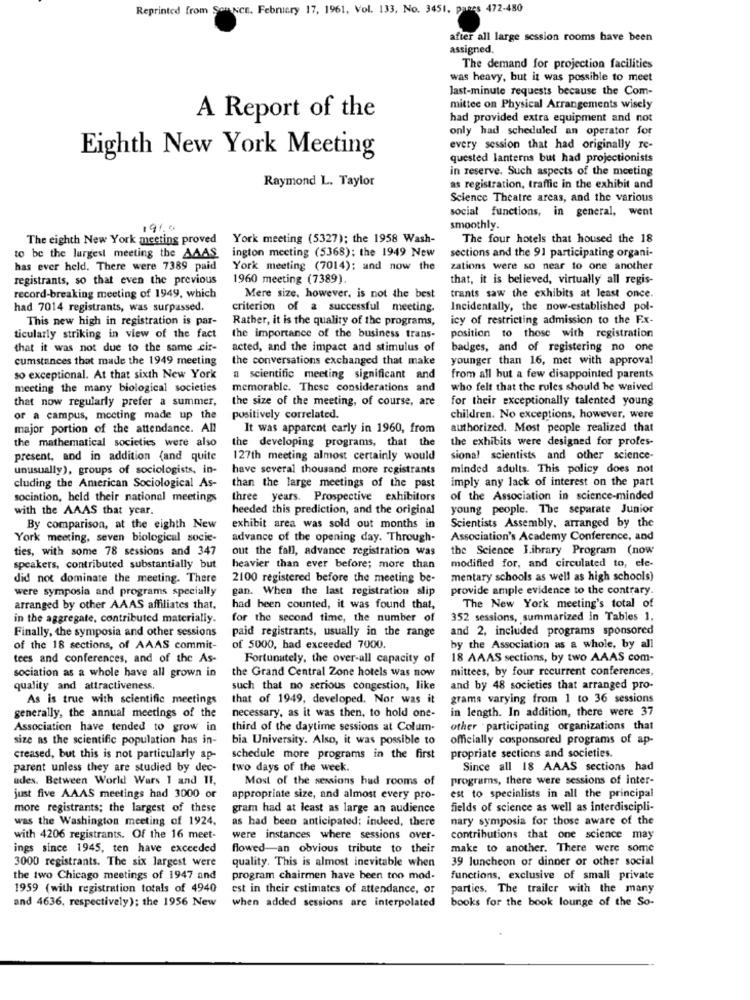
Reprinted from Son NCE, February 17, 1961. Vol. 133, No. 3451, panes 472-480
after all large session rooms have been
assigned.
The demand for projection facilities
was heavy, but it was possible to meet
last-minute requests because the Com-
mittee on Physical Arrangements wisely
A Report of the
had provided extra equipment and not
only had scheduled an operator for
every session that had originally re-
Eighth New York Meeting
quested lanterns but had projectionists
in reserve. Such aspects of the meeting
Raymond L. Taylor
as registration, traffic in the exhibit and
Science Theatre areas, and the various
social functions, in general, went
19%9
smoothly.
The eighth New York meeting proved
York meeting (5327); the 1958 Wash-
The four hotels that housed the 18
ington meeting (5368); the 1949 New
to be the largest meeting the AAAS.
sections and the 91 participating organi-
has ever held. There were 7389 paid
York meeting (7014); and now the
zations were so near to one another
registrants, so that even the previous
1960 meeting (7389).
that, it is believed, virtually all regis-
record-breaking meeting of 1949, which
Mere size, however, is not the best
trants saw the exhibits at least once.
had 7014 registrants, was surpassed.
criterion of a successful meeting.
Incidentally, the now-established pol-
This new high in registration is par-
Rather, it is the quality of the programs,
icy of restricting admission to the Fx-
ticularly striking in view of the fact
the importance of the business trans-
position to those with registration
that it was not due to the same cir-
acted, and the impact and stimulus of
badges, and of registering no one
cumstances that made the 1949 meeting
the conversations exchanged that make
younger than 16, met with approval
so exceptional. At that sixth New York
a scientific meeting significant and
from all but a few disappointed parents
meeting the many biological societies
memorable. These considerations and
who felt that the rules should he waived
that now regularly prefer a summer,
the size of the meeting, of course, are
for their exceptionally talented young
or a campus, meeting made up the
positively correlated.
children. No exceptions, however, were
major portion of the attendance. All
It was apparent carly in 1960, from
authorized. Most people realized that
the developing programs, that the
the exhibits were designed for profes-
the mathematical societies were also
present, and in addition (and quite
127th meeting almost certainly would
sional scientists and other science-
unusually), groups of sociologists, in-
have several thousand more registrants
minded adults. This policy does not
cluding the American Sociological As-
than the large meetings of the past
imply any lack of interest on the part
sociation, beld their national meetings
three years. Prospective exhibitors
of the Association in science-minded
with the AAAS that year.
heeded this prediction, and the original
young people. The separate Junior
By comparison, at the eighth New
exhibit area was sold out months in
Scientists Assembly, arranged by the
York meeting, seven biological socie-
advance of the opening day. Through-
Association's Academy Conference, and
ties, with some 78 sessions and 347
out the fall, advance registration was
the Science Library Program (now
speakers, contributed substantially but
heavier than ever before; more than
modified for, and circulated to, ele-
did not dominate the meeting. There
2100 registered before the meeting be-
mentary schools as well as high schools)
were symposia and programs specially
gan. When the last registration slip
provide ample evidence to the contrary.
arranged by other AAAS affiliates that,
had been counted, it was found that,
The New York meeting's total of
in the aggregate, contributed materially.
for the second time, the number of
352 sessions, summarized in Tables 1,
Finally, the symposia and other sessions
paid registrants, usually in the range
and 2, included programs sponsored
of the 18 sections, of AAAS commit-
of 5000, bad exceeded 7000.
by the Association as a whole, by all
tees and conferences, and of the As-
Fortunately, the over-all capacity of
18 AAAS sections, by two AAAS com-
sociation as a whole have all grown in
the Grand Central Zone hotels was now
mittees, by four recurrent conferences,
quality and attractiveness.
such that no serious congestion, like
and by 48 societies that arranged pro-
As is true with scientific meetings
that of 1949, developed. Nor was it
grams varying from 1 to 36 sessions
necessary, as it was then, to hold one-
in length. In addition, there were 37
generally, the annual meetings of the
Association have tended to grow in
third of the daytime sessions at Colum-
other participating organizations that
size as the scientific population has in-
bia University. Also, it was possible to
officially cosponsored programs of ap-
creased, but this is not particularly ap-
schedule more programs in the first
propriate sections and societies.
parent unless they are studied by dec-
two days of the week.
Since all 18 AAAS sections had
udes. Between World Wars 1 and TI,
Most of the sessions had rooms of
programs, there were sessions of inter-
just five AAAS meetings had 3000 or
appropriate size, and almost every pro-
est to specialists in all the principal
more registrants; the largest of these
gram had at least as large an audience
fields of science as well as interdiscipli-
was the Washington meeting of 1924,
as had been anticipated; indeed, there
nary symposia for those aware of the
with 4206 registrants. Of the 16 meet-
were instances where sessions over-
contributions that one science may
ings since 1945, ten have exceeded
flowed-an obvious tribute to their
make to another. There were some
39 luncheon of dinner or other social
3000 registrants. The six largest were
quality. This is almost inevitable when
the two Chicago meetings of 1947 and
program chairmen have been too mod-
functions, exclusive of small private
1959 (with registration totals of 4940
est in their estimates of attendance, or
parties. The trailer with the many
and 4636, respectively); the 1956 New
when added sessions are interpolated
books for the book lounge of the So-